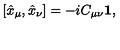
[ \hat { x } _ { \mu } , \hat { x } _ { \nu } ] = - i C _ { \mu \nu } { \bf 1 } ,